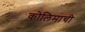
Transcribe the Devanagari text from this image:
कोलिमाची